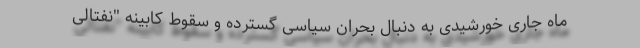
ماه جاری خورشیدی به دنبال بحران سیاسی گسترده و سقوط کابینه "نفتالی